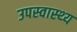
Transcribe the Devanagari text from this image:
उपस्‍वास्‍थ्‍य